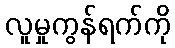
လူမှုကွန်ရက်ကို